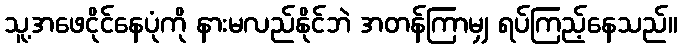
သူ့အဖေငိုင်နေပုံကို နားမလည်နိုင်ဘဲ အတန်ကြာမျှ ရပ်ကြည့်နေသည်။